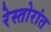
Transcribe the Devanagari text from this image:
रेस्तोरांत